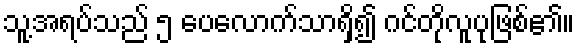
သူ့အရပ်သည် ၅ ပေလောက်သာရှိ၍ ဂင်တိုလူပုဖြစ်၏။